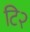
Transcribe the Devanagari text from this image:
टि२